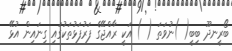
ބޯރީނދޫ ބިބީ( )ނުވަތަ ( ) އަކީ ރާއްޖޭގެ ފަރުފަޅުތަކުގައި ގިނައިން އުޅޭ